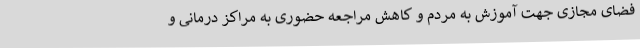
فضای مجازی جهت آموزش به مردم و کاهش مراجعه حضوری به مراکز درمانی و